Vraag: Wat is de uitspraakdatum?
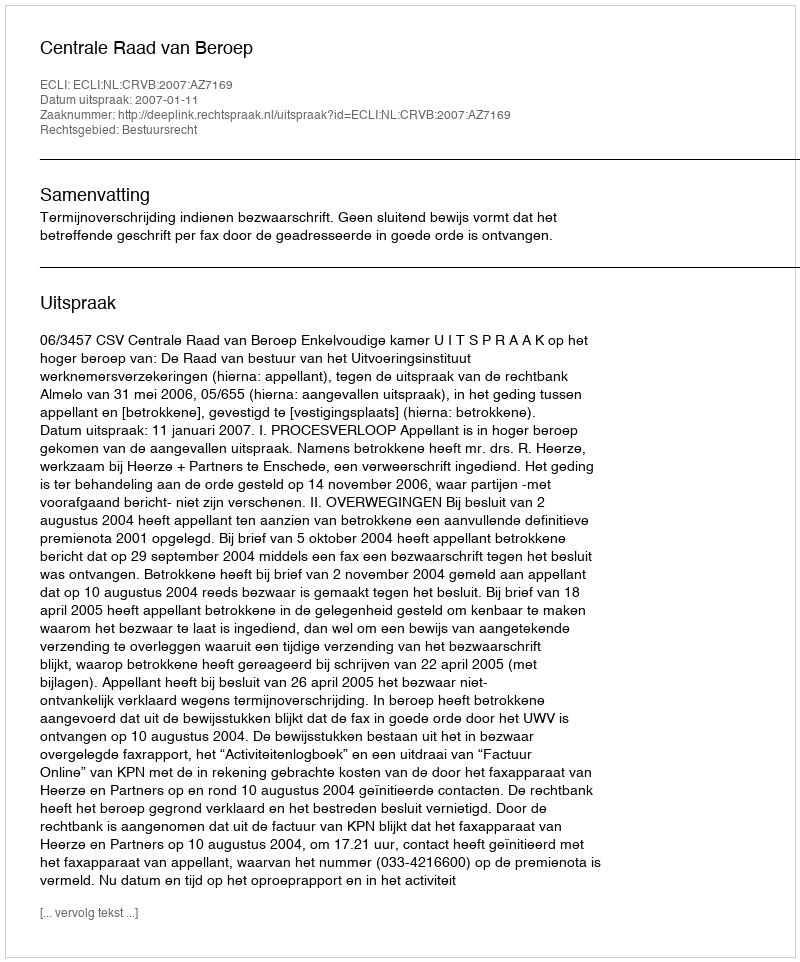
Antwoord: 2007-01-11